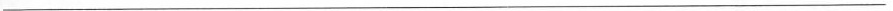
___